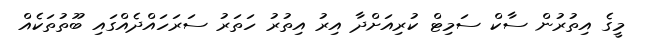
މީގެ އިތުރުން ސާކް ސަމިޓް ކުރިއަށްދާ އިރު އިތުރު ހަތަރު ސަރަހައްދެއްގައި ބޫތުތަކެއް